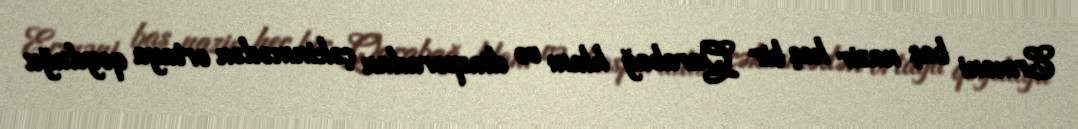
Erməni baş nazir heç bir Qarabağ klanı və diasporadan çəkinmədən ortaya qoyduğu